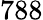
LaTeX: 788